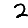
Digit: 2